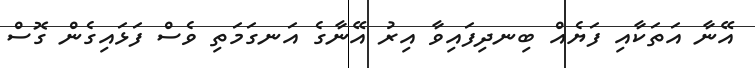
އޭނާ އަތަކާއި ފަޔެއް ބިނދިފައިވާ އިރު އޭނާގެ އަނގަމަތި ވެސް ފަޅައިގެން ގޮސް